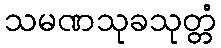
သမဏသုခသုတ္တံ